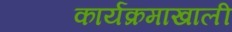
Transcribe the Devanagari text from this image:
कार्यक्रमाखाली